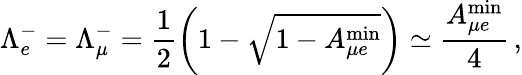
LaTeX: \Lambda_{e}^{-}=\Lambda_{\mu}^{-}=\frac{1}{2}\left(1-\sqrt{1-A_{{\mu}e}^{\mathrm{min}}}\right)\simeq\frac{A_{{\mu}e}^{\mathrm{min}}}{4}\, ,